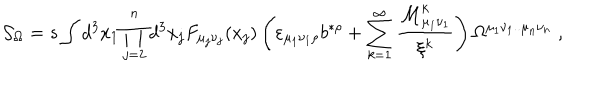
{ \cal S } _ { \Omega } = s \int d ^ { 3 } x _ { 1 } \prod _ { j = 2 } ^ { n } d ^ { 3 } x _ { j } F _ { \mu _ { j } \nu _ { j } } ( x _ { j } ) \left( \varepsilon _ { \mu _ { 1 } \nu _ { 1 } \rho } b ^ { * \rho } + \sum _ { k = 1 } ^ { \infty } \frac { { \cal M } _ { \mu _ { 1 } \nu _ { 1 } } ^ { k } } { \xi ^ { k } } \right) \Omega ^ { \mu _ { 1 } \nu _ { 1 } . . \mu _ { n } \nu _ { n } } \; ,